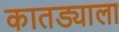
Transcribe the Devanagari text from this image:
कातड्याला